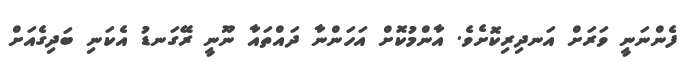
ފެންނަނީ ވަަރަށް އަނދިރިކޮށެވެ. އާންމުކޮށް އަހަންނާ ދައްތައާ ނޫނީ ރޭގަނޑު އެކަނި ބަދިގެއަށް